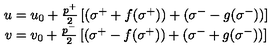
\begin{array} { c } { u = u _ { 0 } + \frac { p ^ { + } } 2 \left[ ( \sigma ^ { + } + f ( \sigma ^ { + } ) ) + ( \sigma ^ { - } - g ( \sigma ^ { - } ) ) \right] } \\ { v = v _ { 0 } + \frac { p ^ { - } } 2 \left[ ( \sigma ^ { + } - f ( \sigma ^ { + } ) ) + ( \sigma ^ { - } + g ( \sigma ^ { - } ) ) \right] } \\ \end{array}